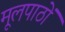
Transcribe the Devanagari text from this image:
मूलपाठों